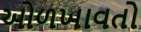
ઓળખાવતો